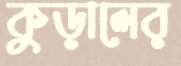
কুড়ালের